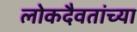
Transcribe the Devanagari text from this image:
लोकदैवतांच्या